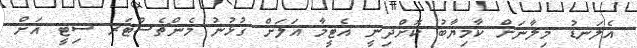
އެލަނޑު މިލާނަށް ކާމިޔާބު ކޮށްދިނީ އެޓީމާ އަލަށް ގުޅުނު މެންޗެސްޓަރ ސިޓީ އަށް